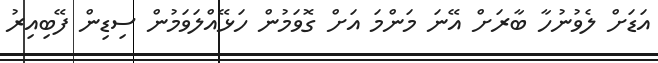
އަޑަށް ލެވުނުހާ ބާރަށް އޭނަ މަންމަ އަށް ގޮވަމުން ހަޅޭއްލަވަމުން ސިޑިން ފޭބިއިރު